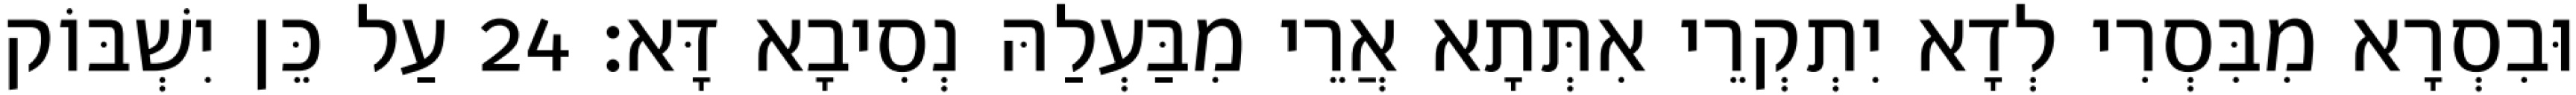
וּבִסְרָא מִבִּסְרִי לְדָא יִתְקְרֵי אִתְּתָא אֲרֵי מִבַּעְלַהּ נְסִיבָא דָּא׃ 24 עַל כֵּן יִשְׁבּוֹק